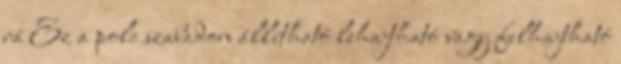
rá Ez a polc szabadon állítható lehajtható vagy felhajtható